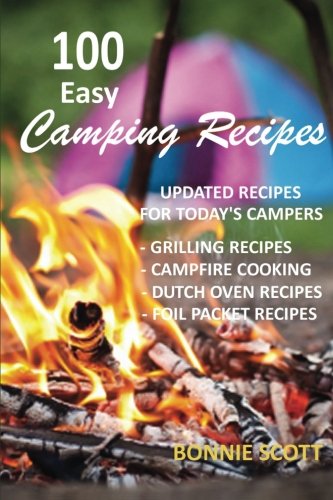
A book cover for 100 Easy Camping Recipes; Bonnie Scott; Sports & Outdoors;